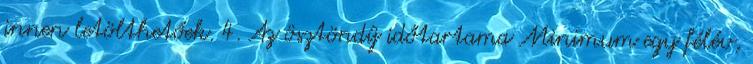
innen letölthetőek. 4. Az ösztöndíj időtartama Minimum egy félév,